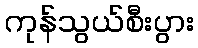
ကုန်သွယ်စီးပွား